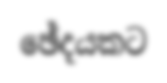
ඡේදයකට